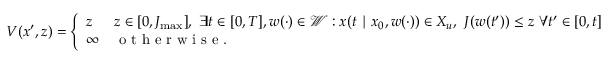
\begin{array} { r } { V ( x ^ { \prime } , z ) = \left\{ \begin{array} { l l } { z } & { z \in [ 0 , J _ { \operatorname* { m a x } } ] , \ \exists t \in [ 0 , T ] , w ( \cdot ) \in \mathcal { W } : x ( t \mid x _ { 0 } , w ( \cdot ) ) \in X _ { u } , \ J ( w ( t ^ { \prime } ) ) \leq z \ \forall t ^ { \prime } \in [ 0 , t ] } \\ { \infty } & { \textrm { o t h e r w i s e . } } \end{array} \right. } \end{array}